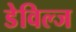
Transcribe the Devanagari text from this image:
डेविल्ज